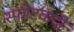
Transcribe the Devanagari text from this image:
स्फोटवादी